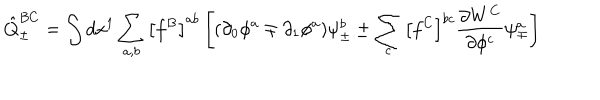
{ \hat { Q } } _ { \pm } ^ { B C } = \int d x ^ { 1 } \sum _ { a , b } \left[ f ^ { B } \right] ^ { a b } \left[ ( \partial _ { 0 } \phi ^ { a } \mp \partial _ { 1 } \phi ^ { a } ) \psi _ { \pm } ^ { b } \pm \sum _ { c } \left[ f ^ { C } \right] ^ { b c } \frac { \partial W ^ { C } } { \partial \phi ^ { c } } \psi _ { \mp } ^ { a } \right]